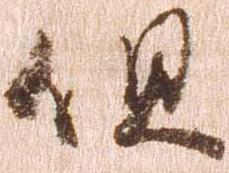
但